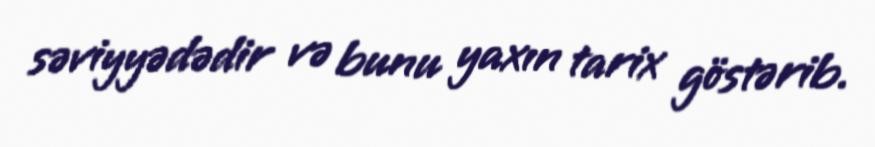
səviyyədədir və bunu yaxın tarix göstərib.